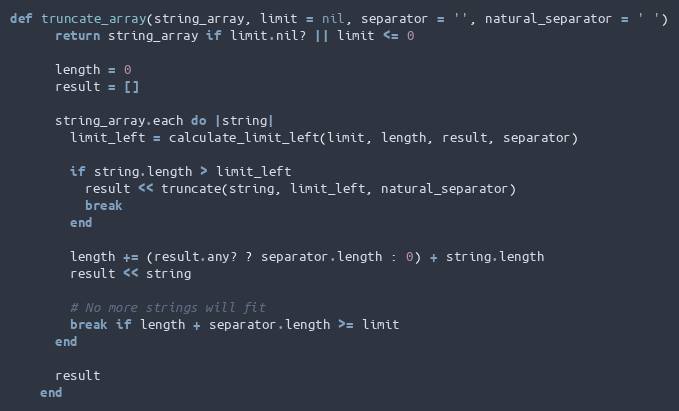
Language: Ruby
def truncate_array(string_array, limit = nil, separator = '', natural_separator = ' ')
      return string_array if limit.nil? || limit <= 0

      length = 0
      result = []

      string_array.each do |string|
        limit_left = calculate_limit_left(limit, length, result, separator)

        if string.length > limit_left
          result << truncate(string, limit_left, natural_separator)
          break
        end

        length += (result.any? ? separator.length : 0) + string.length
        result << string

        # No more strings will fit
        break if length + separator.length >= limit
      end

      result
    end